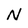
Character: N